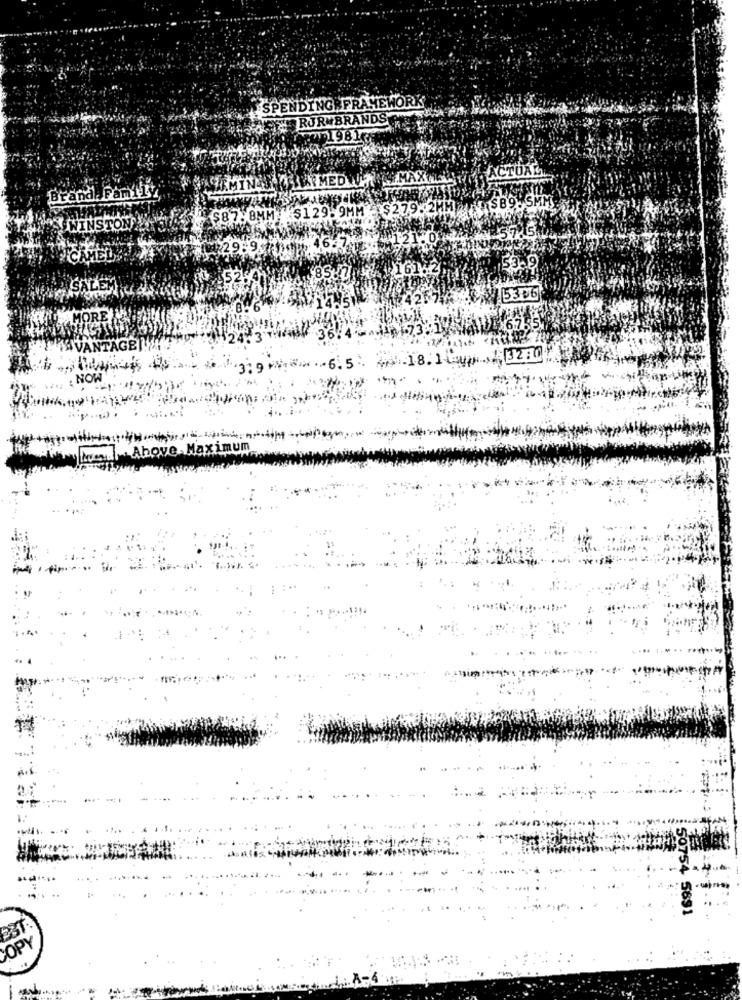
SPENDING FRAMEWORK
TRJRMBRANDS
1981rx
ACTUAL
AMINASKAR MEDWAY
MAXI
Brand. Paniliv
$87. 8MM: $129.9MM -$279 2MM SB9-SMM
WINSTON
013
29.9
16162
53.9
421
5306
4.18. 1 .... /3210
5.5
hoy
cimum
50754 5691
EST.
COPY